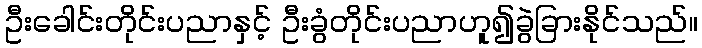
ဦးခေါင်းတိုင်းပညာနှင့် ဦးခွံတိုင်းပညာဟူ၍ခွဲခြားနိုင်သည်။